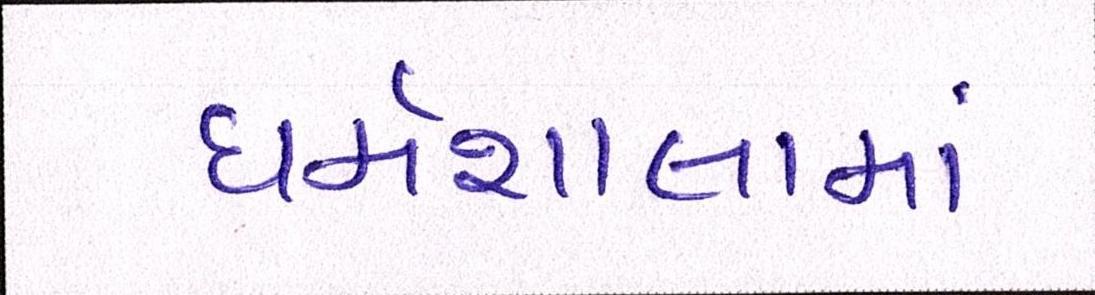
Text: ધર્મશાલામાં